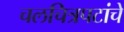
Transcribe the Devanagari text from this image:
चलचित्रपटांचे